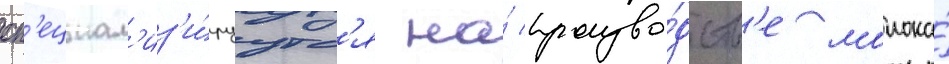
сп'ециал'из'и́руутс'я на́ произво́дств'е молока́